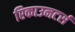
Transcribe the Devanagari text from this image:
रिकाउनटर्स